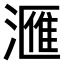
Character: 𣾀